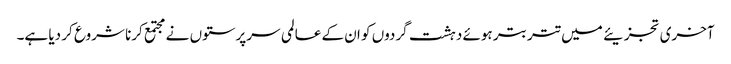
آخری تجزیئے میں تتر بتر ہوئے دہشت گردوں کو ان کے عالمی سرپرستوں نے مجتمع کرنا شروع کر دیا ہے۔